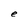
Character: e